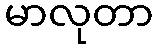
မာလုတာ